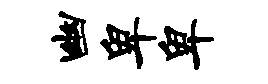
幽卑卑